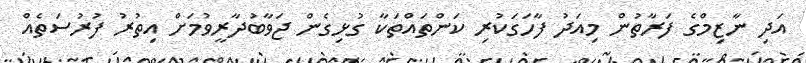
އަދި ނާޒިމްގެ ފަރާތުން މިއަދު ފާހަގަކުރި ކަންތައްތަކާ ގުޅިގެން ޖަވާބުދާރީވުމަށް އިތުރު ފުރުސަތެއް